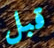
قبل